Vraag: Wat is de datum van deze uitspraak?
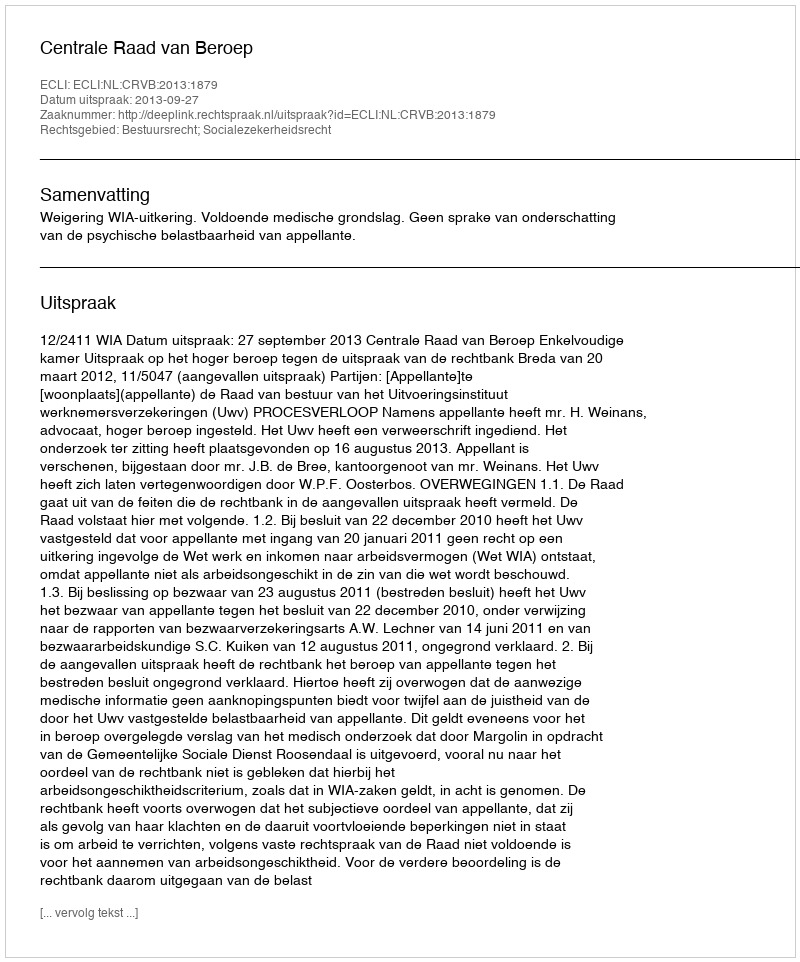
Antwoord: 2013-09-27